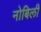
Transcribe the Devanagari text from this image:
नोबिली